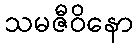
သမဇီဝိနော